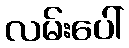
လမ်းပေါ်